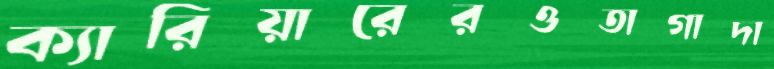
ক্যারিয়ারেরওতাগাদা